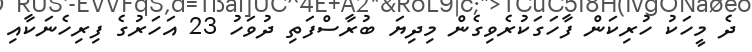
ދެ މީހަކު ހުރިކަން ފާހަގަކުރެވިގެން މިދިޔަ ބުރާސްފަތި ދުވަހު 23 އަހަރުގެ ފިރިހެނަކާއި